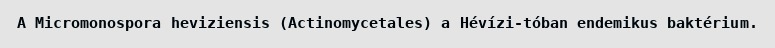
A Micromonospora heviziensis (Actinomycetales) a Hévízi-tóban endemikus baktérium.